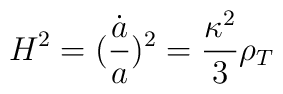
H^2=(\frac{\dot{a}}{a})^2=\frac{\kappa^2}{3}\rho_T